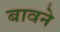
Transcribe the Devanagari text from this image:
बावने